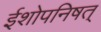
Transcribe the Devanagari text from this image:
ईशोपनिषत्